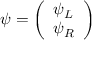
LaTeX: \psi = { \left( \begin{array} { l } { \psi _ { L } } \\ { \psi _ { R } } \end{array} \right) }